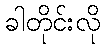
ခါတိုင်းလို